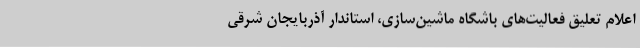
اعلام تعلیق فعالیت‌های باشگاه ماشین‌سازی، استاندار آذربایجان شرقی